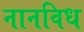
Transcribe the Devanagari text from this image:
नानविध